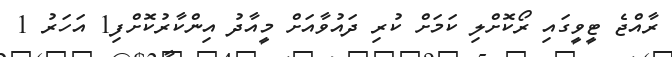
ރާއްޖެ ޓީވީގައި ރޯކޮށްލި ކަމަށް ކުރި ދައުވާއަށް މީއާދު އިންކާރުކޮށްފި1 އަހަރު 1